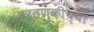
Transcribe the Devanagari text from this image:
वर्तणुकीच्या